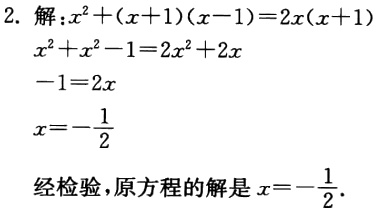
2. 解：\(x^{2}+(x + 1)(x - 1)=2x(x + 1)\)
\(x^{2}+x^{2}-1=2x^{2}+2x\)
\(-1=2x\)
\(x=-\frac{1}{2}\)

经检验，原方程的解是\(x=-\frac{1}{2}\)．